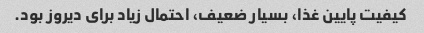
کیفیت پایین غذا، بسیار ضعیف، احتمال زیاد برای دیروز بود.